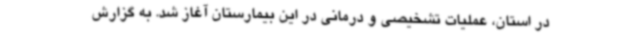
در استان، عملیات تشخیصی و درمانی در این بیمارستان آغاز شد. به گزارش